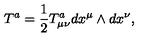
T ^ { a } = \frac { 1 } { 2 } T _ { \mu \nu } ^ { a } d x ^ { \mu } \wedge d x ^ { \nu } ,